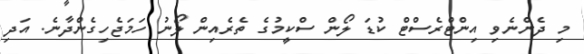
މި ދެންނެވި އިންޓްރެސްޓް ކުޑަ ލޯން ސްކީމުގެ ތެރެއިން ލޯނު ހަމަޖެހިގެންދާނެ. އަދި